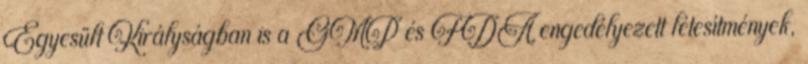
Egyesült Királyságban is a GMP és FDA engedélyezett létesítmények,